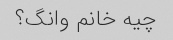
چیه خانم وانگ؟